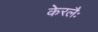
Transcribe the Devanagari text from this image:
केरलैः